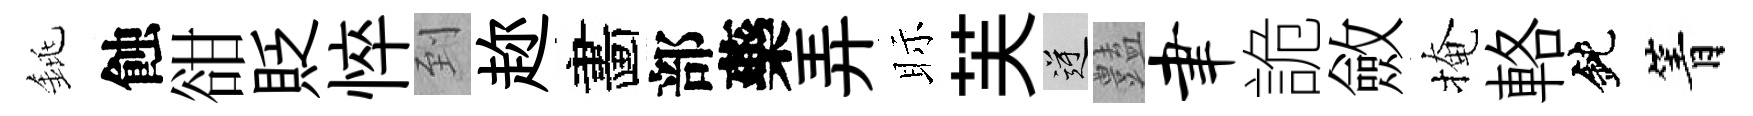
銚蝕𧮳貶悴到趂畵部藥弄眎芙逆𧰟聿詭斂掩輅鈍箐